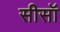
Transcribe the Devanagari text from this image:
सीसॉ